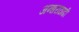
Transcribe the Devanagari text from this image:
अन्धराठाढी